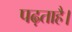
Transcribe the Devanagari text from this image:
पढ़ताहै।